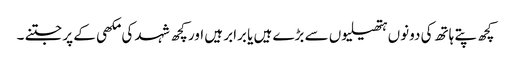
کچھ پتے ہاتھ کی دونوں ہتھیلیوں سے بڑے ہیں یا برابر ہیں اور کچھ شہد کی مکھی کے پر جتنے ۔